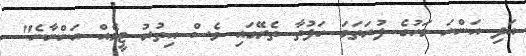
އަދި އަންނަ މަހުގެ ފުރަތަމަ ހަފުތާ ތެރޭގައި ވެސް އިތުރު ޓީމެއް އަންނާނެ"